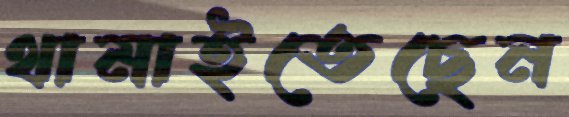
থামাইতেছেন